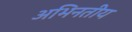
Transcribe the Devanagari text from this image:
अभिनतीय